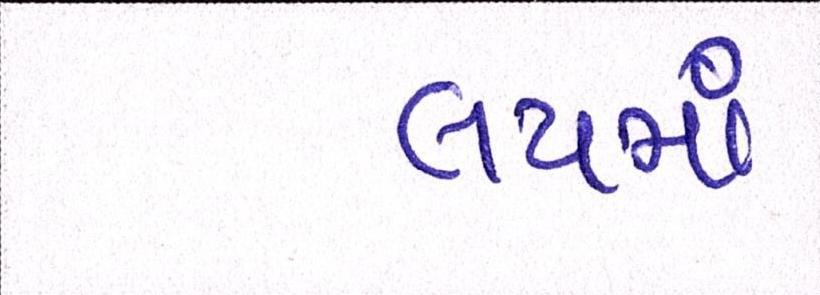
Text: લયમાં